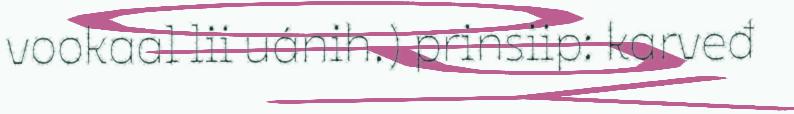
vookaal lii uánih.) prinsiip: karveđ